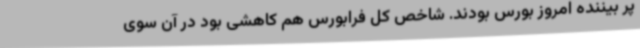
پر بیننده امروز بورس بودند. شاخص کل فرابورس هم کاهشی بود در آن سوی